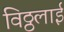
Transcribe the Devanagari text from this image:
विठ्ठलाई